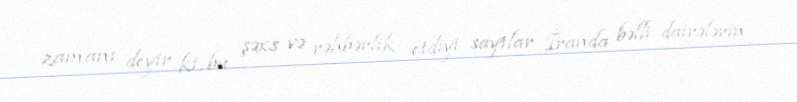
zamanı deyir ki, bu şəxs və rəhbərlik etdiyi saytlar İranda bəlli dairələrin